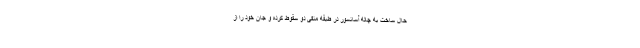
حال ساخت به چاله آسانسور در طبقه منفی دو سقوط کرده و جان خود را از